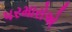
પરમારોએ